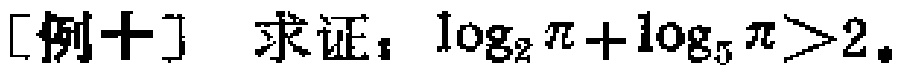
[例十] 求证：\(\log_{2}\pi+\log_{5}\pi>2\)。